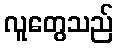
လူတွေသည်